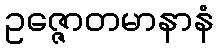
ဥဇ္ဇောတမာနာနံ